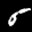
Label: 5